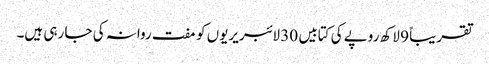
تقریباً 9 لاکھ روپے کی کتابیں 30 لائبریریوں کو مفت روانہ کی جا رہی ہیں۔